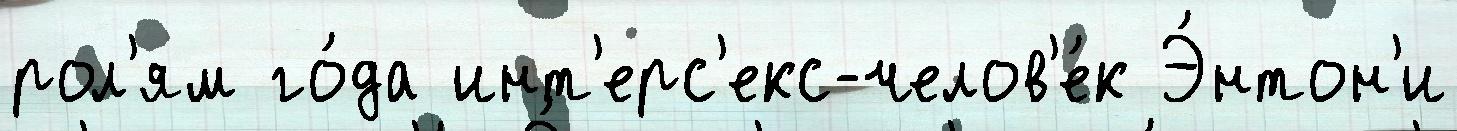
рол'ям го́да инт'ерс'екс-челов'е́к Э́нтон'и